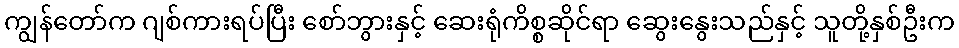
ကျွန်တော်က ဂျစ်ကားရပ်ပြီး စော်ဘွားနှင့် ဆေးရုံကိစ္စဆိုင်ရာ ဆွေးနွေးသည်နှင့် သူတို့နှစ်ဦးက